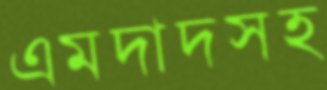
এমদাদসহ